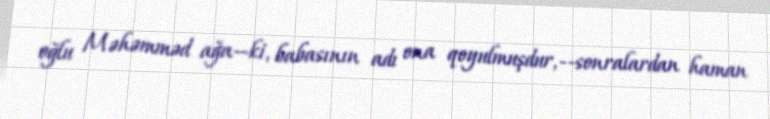
oğlu Məhəmməd ağa—ki, babasının adı ona qoyulmuşdur,--sonralardan haman